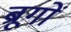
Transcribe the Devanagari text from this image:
ब्रूगों